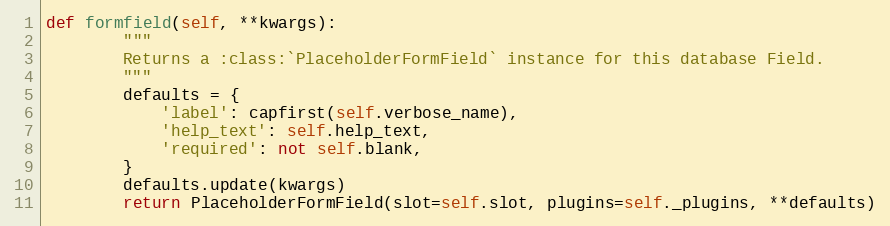
Language: Python
def formfield(self, **kwargs):
        """
        Returns a :class:`PlaceholderFormField` instance for this database Field.
        """
        defaults = {
            'label': capfirst(self.verbose_name),
            'help_text': self.help_text,
            'required': not self.blank,
        }
        defaults.update(kwargs)
        return PlaceholderFormField(slot=self.slot, plugins=self._plugins, **defaults)